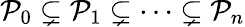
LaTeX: {\mathcal{P}}_{0}\subsetneq{\mathcal{P}}_{1}\subsetneq\cdots\subsetneq{\mathcal{P}}_{n}